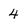
Character: 4